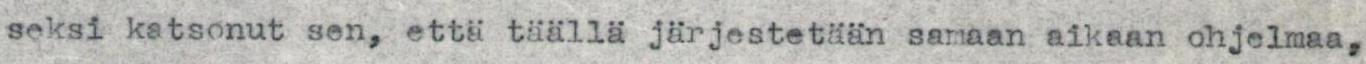
seksi katsonut sen, että täällä järjestetään samaan aikaan ohjelmaa,